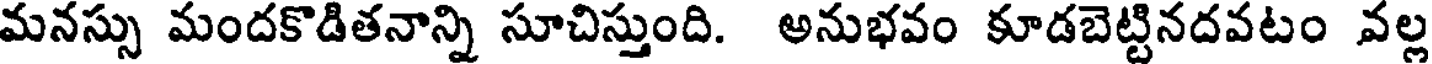
మనస్సు మందకొడితనాన్ని సూచిస్తుంది. అనుభవం కూడబెట్టినదవటం వల్ల